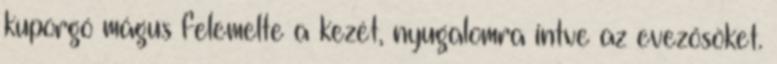
kuporgó mágus felemelte a kezét, nyugalomra intve az evezősöket.